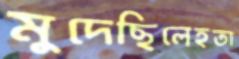
মুদেছিলেহতা